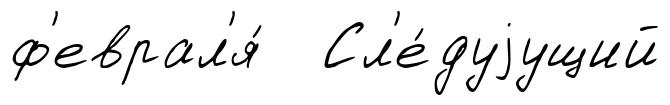
ф'еврал'я́ Сл'е́дуjущий